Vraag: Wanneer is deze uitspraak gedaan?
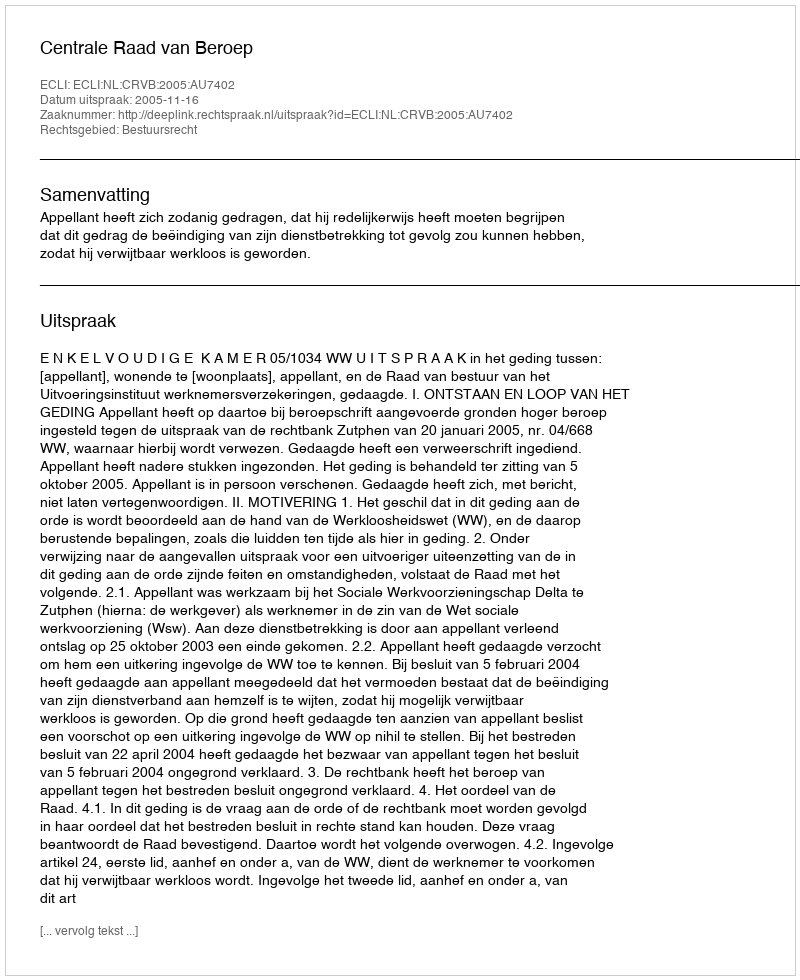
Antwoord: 2005-11-16